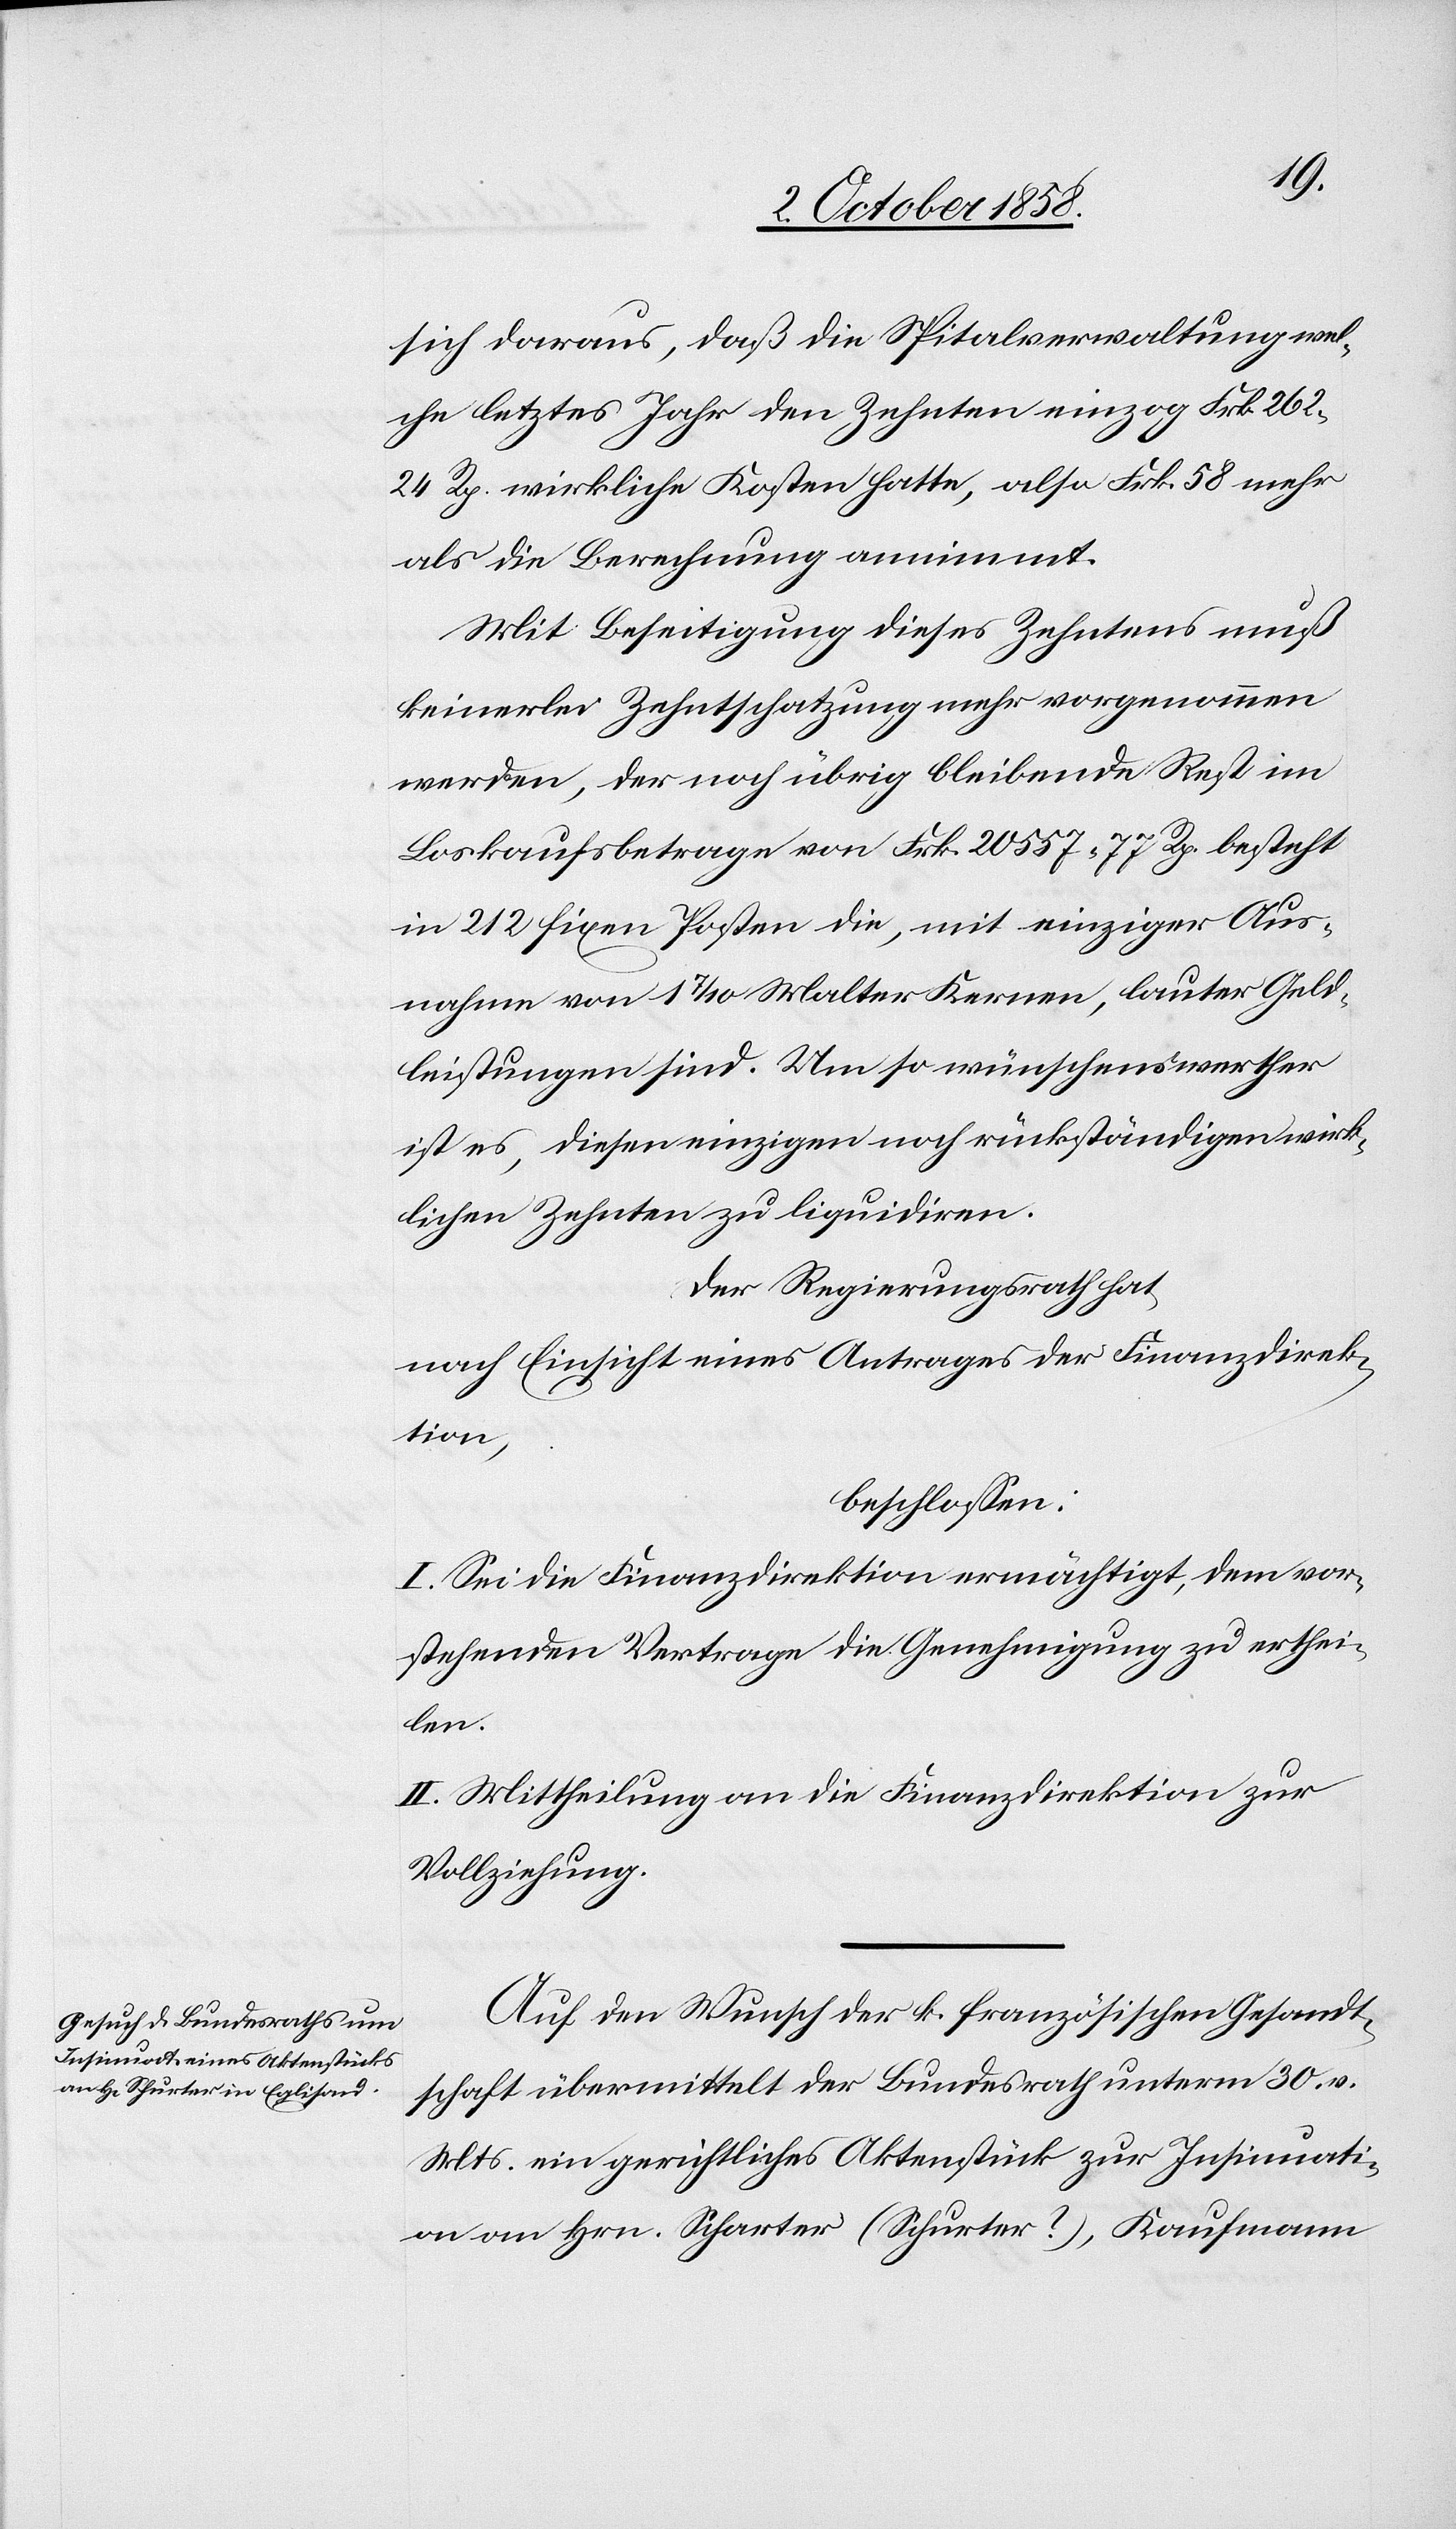
sich daraus, daß die Spitalverwaltung wel¬
che letztes Jahr den Zehnten einzog Frk. 262.
24 Rp. wirkliche Kosten hatte, also Frk. 58 mehr
als die Berechnung annimmt.
Mit Beseitigung dieses Zehntens muß
keinerlei Zehntschatzung mehr vorgenommen
werden, der noch übrig bleibende Rest im
Loskaufsbetrage von Frk. 20 557. 77 Rp. besteht
in 212 fixen Posten die, mit einziger Aus¬
nahme von 1 7/10 Malter Kernen, lauter Geld¬
leistungen sind. Um so wünschenswerther
ist es, diesen einzigen noch rückständigen wirk¬
lichen Zehnten zu liquidiren.
Der Regierungsrath hat,
nach Einsicht eines Antrages der Finanzdirek¬
tion,
beschlossen:
I. Sei die Finanzdirektion ermächtigt, dem vor¬
stehenden Vertrage die Genehmigung zu erthei¬
len.
II. Mittheilung an die Finanzdirektion zur
Vollziehung.
Auf den Wunsch der k. französischen Gesandt¬
schaft übermittelt der Bundesrath unterm 30. v.
Mts. ein gerichtliches Aktenstück zur Insinuati¬
on an Hrn. Scharter (Schurter?), Kaufmann